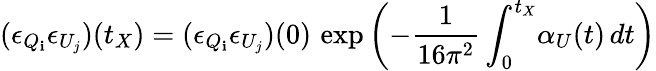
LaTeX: (\epsilon_{Q_{\mathbf{i}}}\epsilon_{U_{j}})(t_{X})=(\epsilon_{Q_{\mathbf{i}}}\epsilon_{U_{j}})(0)\, \exp\left(-\frac{{1}}{{16\pi^{2}}}\int_{0}^{t_{X}}\! \alpha_{U}(t)\, dt\right)